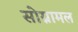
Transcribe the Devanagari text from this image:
सोग्नामल